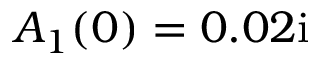
A _ { 1 } ( 0 ) = 0 . 0 2 \mathrm { i }